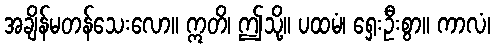
အချိန်မတန်သေးလော။ ဣတိ၊ ဤသို့။ ပထမံ၊ ရှေးဦးစွာ။ ကာလံ၊